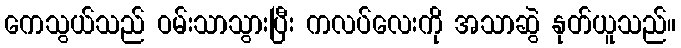
ကေသွယ်သည် ဝမ်းသာသွားပြီး ကလပ်လေးကို အသာဆွဲ နုတ်ယူသည်။